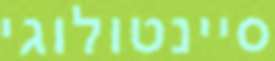
סיינטולוגי